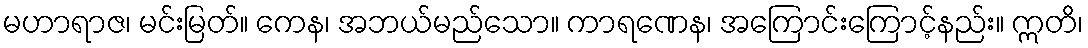
မဟာရာဇ၊ မင်းမြတ်။ ကေန၊ အဘယ်မည်သော။ ကာရဏေန၊ အကြောင်းကြောင့်နည်း။ ဣတိ၊